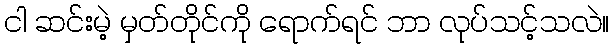
ငါ ဆင်းမဲ့ မှတ်တိုင်ကို ရောက်ရင် ဘာ လုပ်သင့်သလဲ။